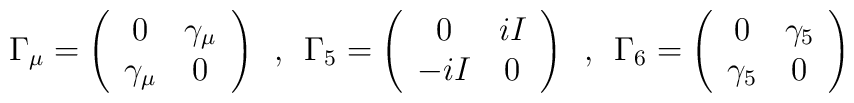
\Gamma_{\mu} = \left( \begin{array}{cc}                      0 & \gamma_{\mu} \\                      \gamma_{\mu} & 0                       \end{array}               \right)\hspace{.2cm} , \hspace{.2cm}\Gamma_{5} = \left( \begin{array}{cc}                    0 & i I \\                    -iI & 0                     \end{array}             \right)\hspace{.2cm} , \hspace{.2cm}\Gamma_{6} = \left( \begin{array}{cc}                    0 & \gamma_{5} \\                    \gamma_{5} & 0                    \end{array}             \right)